Vaccination in Bombay 1869-1873 - 1869-1873
Year: 1869
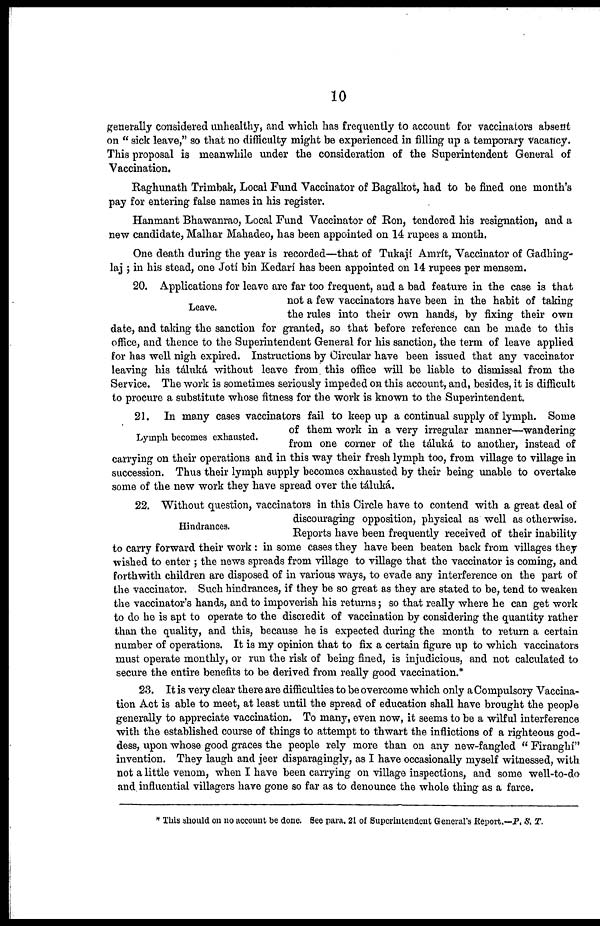
10
generally considered unhealthy, and which has frequently to account for vaccinators absent
on " sick leave," so that no difficulty might be experienced in filling up a temporary vacancy.
This proposal is meanwhile under the consideration of the Superintendent General of
Vaccination.
Raghunath Trimbak, Local Fund Vaccinator of Bagalkot, had to be fined one month's
pay for entering false names in his register.
Hanmant Bhawanrao, Local Fund Vaccinator of Ron, tendered his resignation, and a
new candidate, Malhar Mahadeo, has been appointed on 14 rupees a month.
One death during the year is recorded—that of Tukají Amrít, Vaccinator of Gadhing-
laj ; in his stead, one Joti bin Kedari has been appointed on 14 rupees per mensem.
Leave.
20. Applications for leave are far too frequent, and a bad feature in the case is that
not a few vaccinators have been in the habit of taking
the rules into their own hands, by fixing their own
date, and taking the sanction for granted, so that before reference can be made to this
office, and thence to the Superintendent General for his sanction, the term of leave applied
for has well nigh expired. Instructions by Circular have been issued that any vaccinator
leaving his táluká without leave from this office will be liable to dismissal from the
Service. The work is sometimes seriously impeded on this account, and, besides, it is difficult
to procure a substitute whose fitness for the work is known to the Superintendent.
Lymph becomes exhausted.
21. In many cases vaccinators fail to keep up a continual supply of lymph. Some
of them work in a very irregular manner—wandering
from one corner of the táluká to another, instead of
carrying on their operations and in this way their fresh lymph too, from village to village in
succession. Thus their lymph supply becomes exhausted by their being unable to overtake
some of the new work they have spread over the táluká.
Hindrances.
22. Without question, vaccinators in this Circle have to contend with a great deal of
discouraging opposition, physical as well as otherwise.
Reports have been frequently received of their inability
to carry forward their work : in some cases they have been beaten back from villages they
wished to enter ; the news spreads from village to village that the vaccinator is coming, and
forthwith children are disposed of in various ways, to evade any interference on the part of
the vaccinator. Such hindrances, if they be so great as they are stated to be, tend to weaken
the vaccinator's hands, and to impoverish his returns; so that really where he can get work
to do he is apt to operate to the discredit of vaccination by considering the quantity rather
than the quality, and this, because he is expected during the month to return a certain
number of operations. It is my opinion that to fix a certain figure up to which vaccinators
must operate monthly, or run the risk of being fined, is injudicious, and not calculated to
secure the entire benefits to be derived from really good vaccination.*
23. It is very clear there are difficulties to be overcome which only a Compulsory Vaccina-
tion Act is able to meet, at least until the spread of education shall have brought the people
generally to appreciate vaccination. To many, even now, it seems to be a wilful interference
with the established course of things to attempt to thwart the inflictions of a righteous god-
dess, upon whose good graces the people rely more than on any new-fangled " Firanghi"
invention. They laugh and jeer disparagingly, as I have occasionally myself witnessed, with
not a little venom, when I have been carrying on village inspections, and some well-to-do
and influential villagers have gone so far as to denounce the whole thing as a farce.
* This should on no account be done. See para. 21 of Superintendent General's Report.—P. S. T.